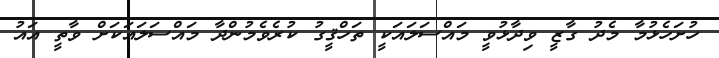
ހުށަހެޅުމާ މެދު ގާޒީ ވިދާޅުވީ މައްސަލައަކީ ތަހްޤީގު ކުރެވެމުންދާ މައްސަލައަކަށް ވާތީ އައު